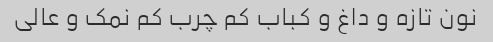
نون تازه و داغ و کباب کم چرب کم نمک و عالی